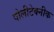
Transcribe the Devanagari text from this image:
पोलीटेक्नीक